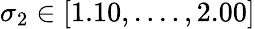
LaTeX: \sigma_{2}\in[1.10,....,2.00]